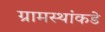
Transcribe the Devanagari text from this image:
ग्रामस्थांकडे